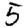
Digit: 5